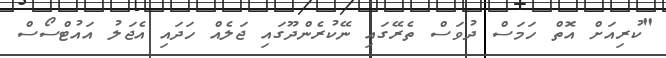
"ކުރިއަށް އޮތް ހަމަސް ދުވަސް ތެރޭގައި ނޭކުރެންދޫގައި ޖަލެއް ހަދައި އެޖަލު އައުޓްސޯސް